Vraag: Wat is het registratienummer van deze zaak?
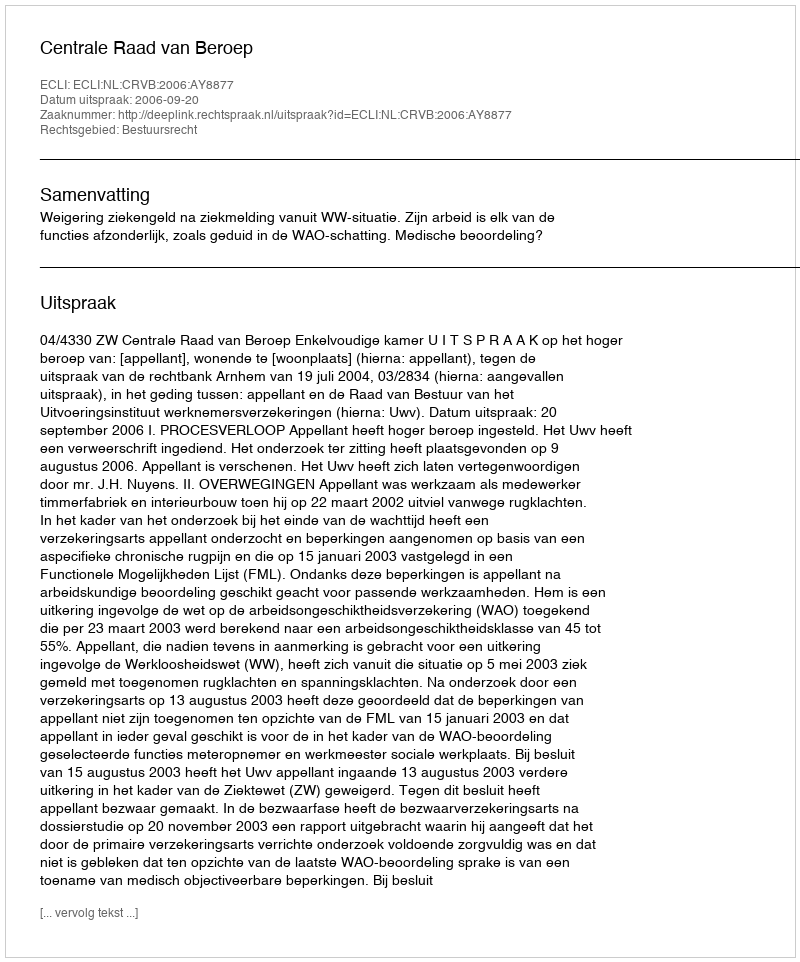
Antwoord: http://deeplink.rechtspraak.nl/uitspraak?id=ECLI:NL:CRVB:2006:AY8877